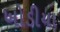
ખોડીયા